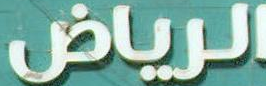
الرياض